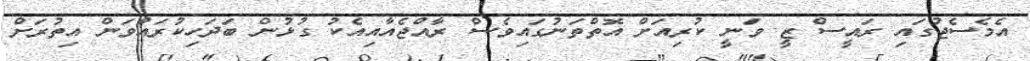
އެމެސެޖުގައި ރައީސް ޒީ ވަނީ ކުރިއަށް އޮތްތަނުގައިވެސް ރާއްޖެއާއިއެކު ގުޅުން ބަދަހިކުރައްވަން އިތުރަށް